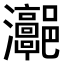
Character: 𤅻